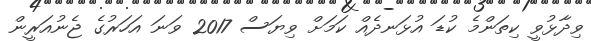
ވިދާޅުވީ ކިތަންމެ ކުޑަ އުޅަނދެއް ކަމަށް ވިޔަސް 2017 ވަނަ އަހަރުގެ ޖެނުއަރީން